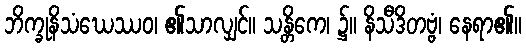
ဘိက္ခုနိသံဃေဿဝ၊ ၏သာလျှင်။ သန္တိကေ၊ ၌။ နိသီဒိတဗ္ဗံ၊ နေရာ၏။